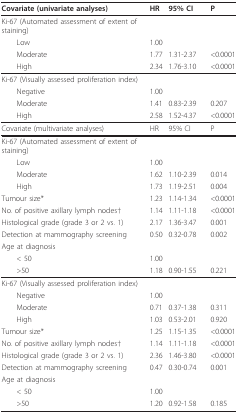
<table><thead><tr><td><b>Covariate (univariate analyses)</b></td><td><b>HR</b></td><td><b>95% CI</b></td><td><b>P</b></td></tr></thead><tbody><tr><td>Ki-67 (Automated assessment of extent of staining)</td><td></td><td></td><td></td></tr><tr><td> Low</td><td>1.00</td><td></td><td></td></tr><tr><td> Moderate</td><td>1.77</td><td>1.31-2.37</td><td>&lt; 0.0001</td></tr><tr><td> High</td><td>2.34</td><td>1.76-3.10</td><td>&lt; 0.0001</td></tr><tr><td>Ki-67 (Visually assessed proliferation index)</td><td></td><td></td><td></td></tr><tr><td> Negative</td><td>1.00</td><td></td><td></td></tr><tr><td> Moderate</td><td>1.41</td><td>0.83-2.39</td><td>0.207</td></tr><tr><td> High</td><td>2.58</td><td>1.52-4.37</td><td>&lt; 0.0001</td></tr><tr><td>Covariate (multivariate analyses)</td><td>HR</td><td>95% CI</td><td>P</td></tr><tr><td>Ki-67 (Automated assessment of extent of staining)</td><td></td><td></td><td></td></tr><tr><td> Low</td><td>1.00</td><td></td><td></td></tr><tr><td> Moderate</td><td>1.62</td><td>1.10-2.39</td><td>0.014</td></tr><tr><td> High</td><td>1.73</td><td>1.19-2.51</td><td>0.004</td></tr><tr><td>Tumour size*</td><td>1.23</td><td>1.14-1.34</td><td>&lt; 0.0001</td></tr><tr><td>No. of positive axillary lymph nodes†</td><td>1.14</td><td>1.11-1.18</td><td>&lt; 0.0001</td></tr><tr><td>Histological grade (grade 3 or 2 vs. 1)</td><td>2.17</td><td>1.36-3.47</td><td>0.001</td></tr><tr><td>Detection at mammography screening</td><td>0.50</td><td>0.32-0.78</td><td>0.002</td></tr><tr><td>Age at diagnosis</td><td></td><td></td><td></td></tr><tr><td> &lt; 50</td><td>1.00</td><td></td><td></td></tr><tr><td> &gt;50</td><td>1.18</td><td>0.90-1.55</td><td>0.221</td></tr><tr><td>Ki-67 (Visually assessed proliferation index)</td><td></td><td></td><td></td></tr><tr><td> Negative</td><td>1.00</td><td></td><td></td></tr><tr><td> Moderate</td><td>0.71</td><td>0.37-1.38</td><td>0.311</td></tr><tr><td> High</td><td>1.03</td><td>0.53-2.01</td><td>0.920</td></tr><tr><td>Tumour size*</td><td>1.25</td><td>1.15-1.35</td><td>&lt; 0.0001</td></tr><tr><td>No. of positive axillary lymph nodes†</td><td>1.14</td><td>1.11-1.18</td><td>&lt; 0.0001</td></tr><tr><td>Histological grade (grade 3 or 2 vs. 1)</td><td>2.36</td><td>1.46-3.80</td><td>&lt; 0.0001</td></tr><tr><td>Detection at mammography screening</td><td>0.47</td><td>0.30-0.74</td><td>0.001</td></tr><tr><td>Age at diagnosis</td><td></td><td></td><td></td></tr><tr><td> &lt; 50</td><td>1.00</td><td></td><td></td></tr><tr><td> &gt;50</td><td>1.20</td><td>0.92-1.58</td><td>0.185</td></tr></tbody></table>